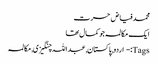
محمد فیاض حسرت
ایک مکالمہ جو کمال تھا
Tags:- اردو, پاکستان, عبداللہ چنگیزی, مکالمہ